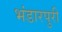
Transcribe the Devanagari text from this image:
भंडारपुरी